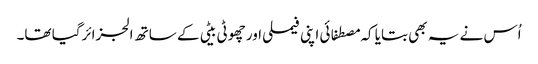
اُس نے یہ بھی بتایا کہ مصطفائی اپنی فیملی اور چھوٹی بیٹی کے ساتھ الجزائرگیا تھا۔